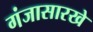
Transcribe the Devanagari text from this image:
गंजासारखे